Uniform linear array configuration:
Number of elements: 32
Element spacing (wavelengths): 0.75
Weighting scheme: uniform
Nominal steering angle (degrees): -45
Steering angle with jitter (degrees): -43.718
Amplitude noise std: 0.05
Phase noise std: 0.05

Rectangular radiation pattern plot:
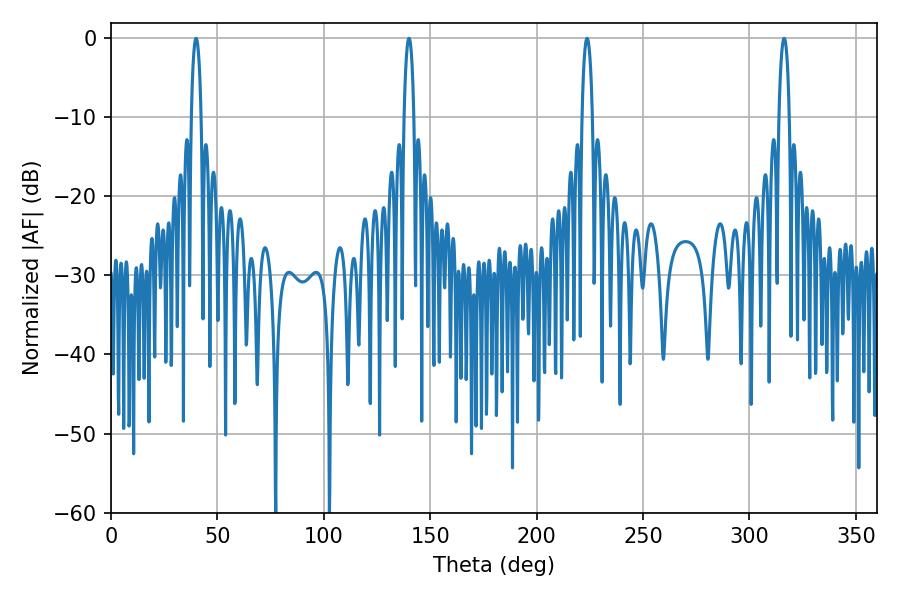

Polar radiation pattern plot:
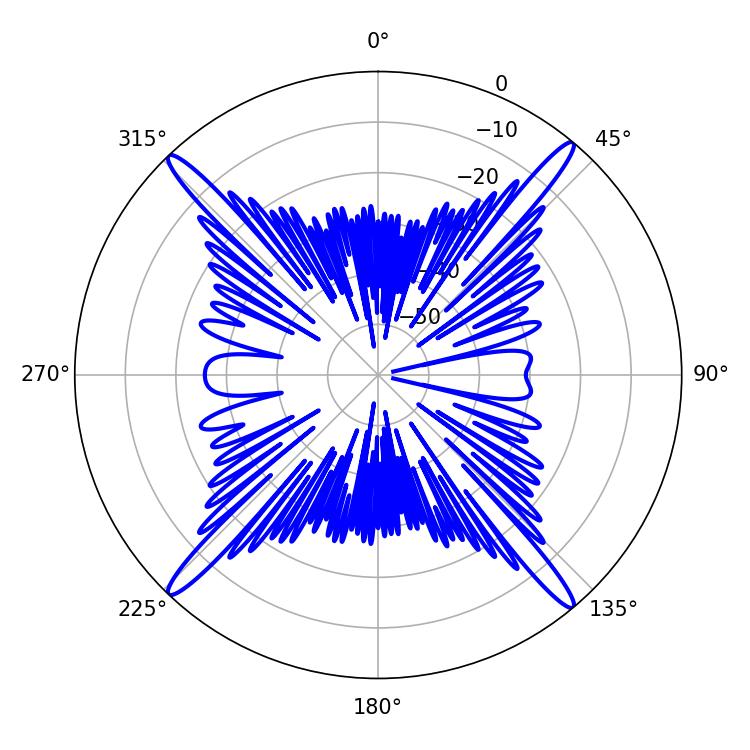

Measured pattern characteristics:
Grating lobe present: TRUE
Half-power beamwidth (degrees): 2.52
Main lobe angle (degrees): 39.96